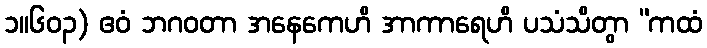
၁။၆၀၃) ဧဝံ ဘဂဝတာ အနေကေဟိ အာကာရေဟိ ပသံသိတွာ “ကထံ